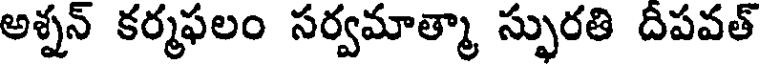
అశ్నన్ కర్మఫలం సర్వమాత్మా స్ఫురతి దిపవత్